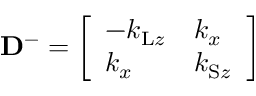
\mathbf { D } ^ { - } = \left[ \begin{array} { l l } { - k _ { \mathrm { L } z } } & { k _ { x } } \\ { k _ { x } } & { k _ { \mathrm { S } z } } \end{array} \right]